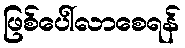
ဖြစ်ပေါ်လာစေရန်